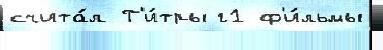
счита́л Т'и́тры г1 ф'и́льмы